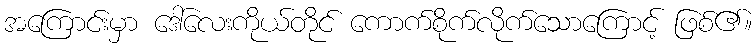
အကြောင်းမှာ ဒေါ်လေးကိုယ်တိုင် ကောက်စိုက်လိုက်သောကြောင့် ဖြစ်၏။